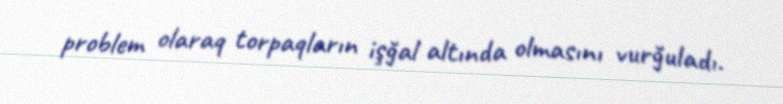
problem olaraq torpaqların işğal altında olmasını vurğuladı.